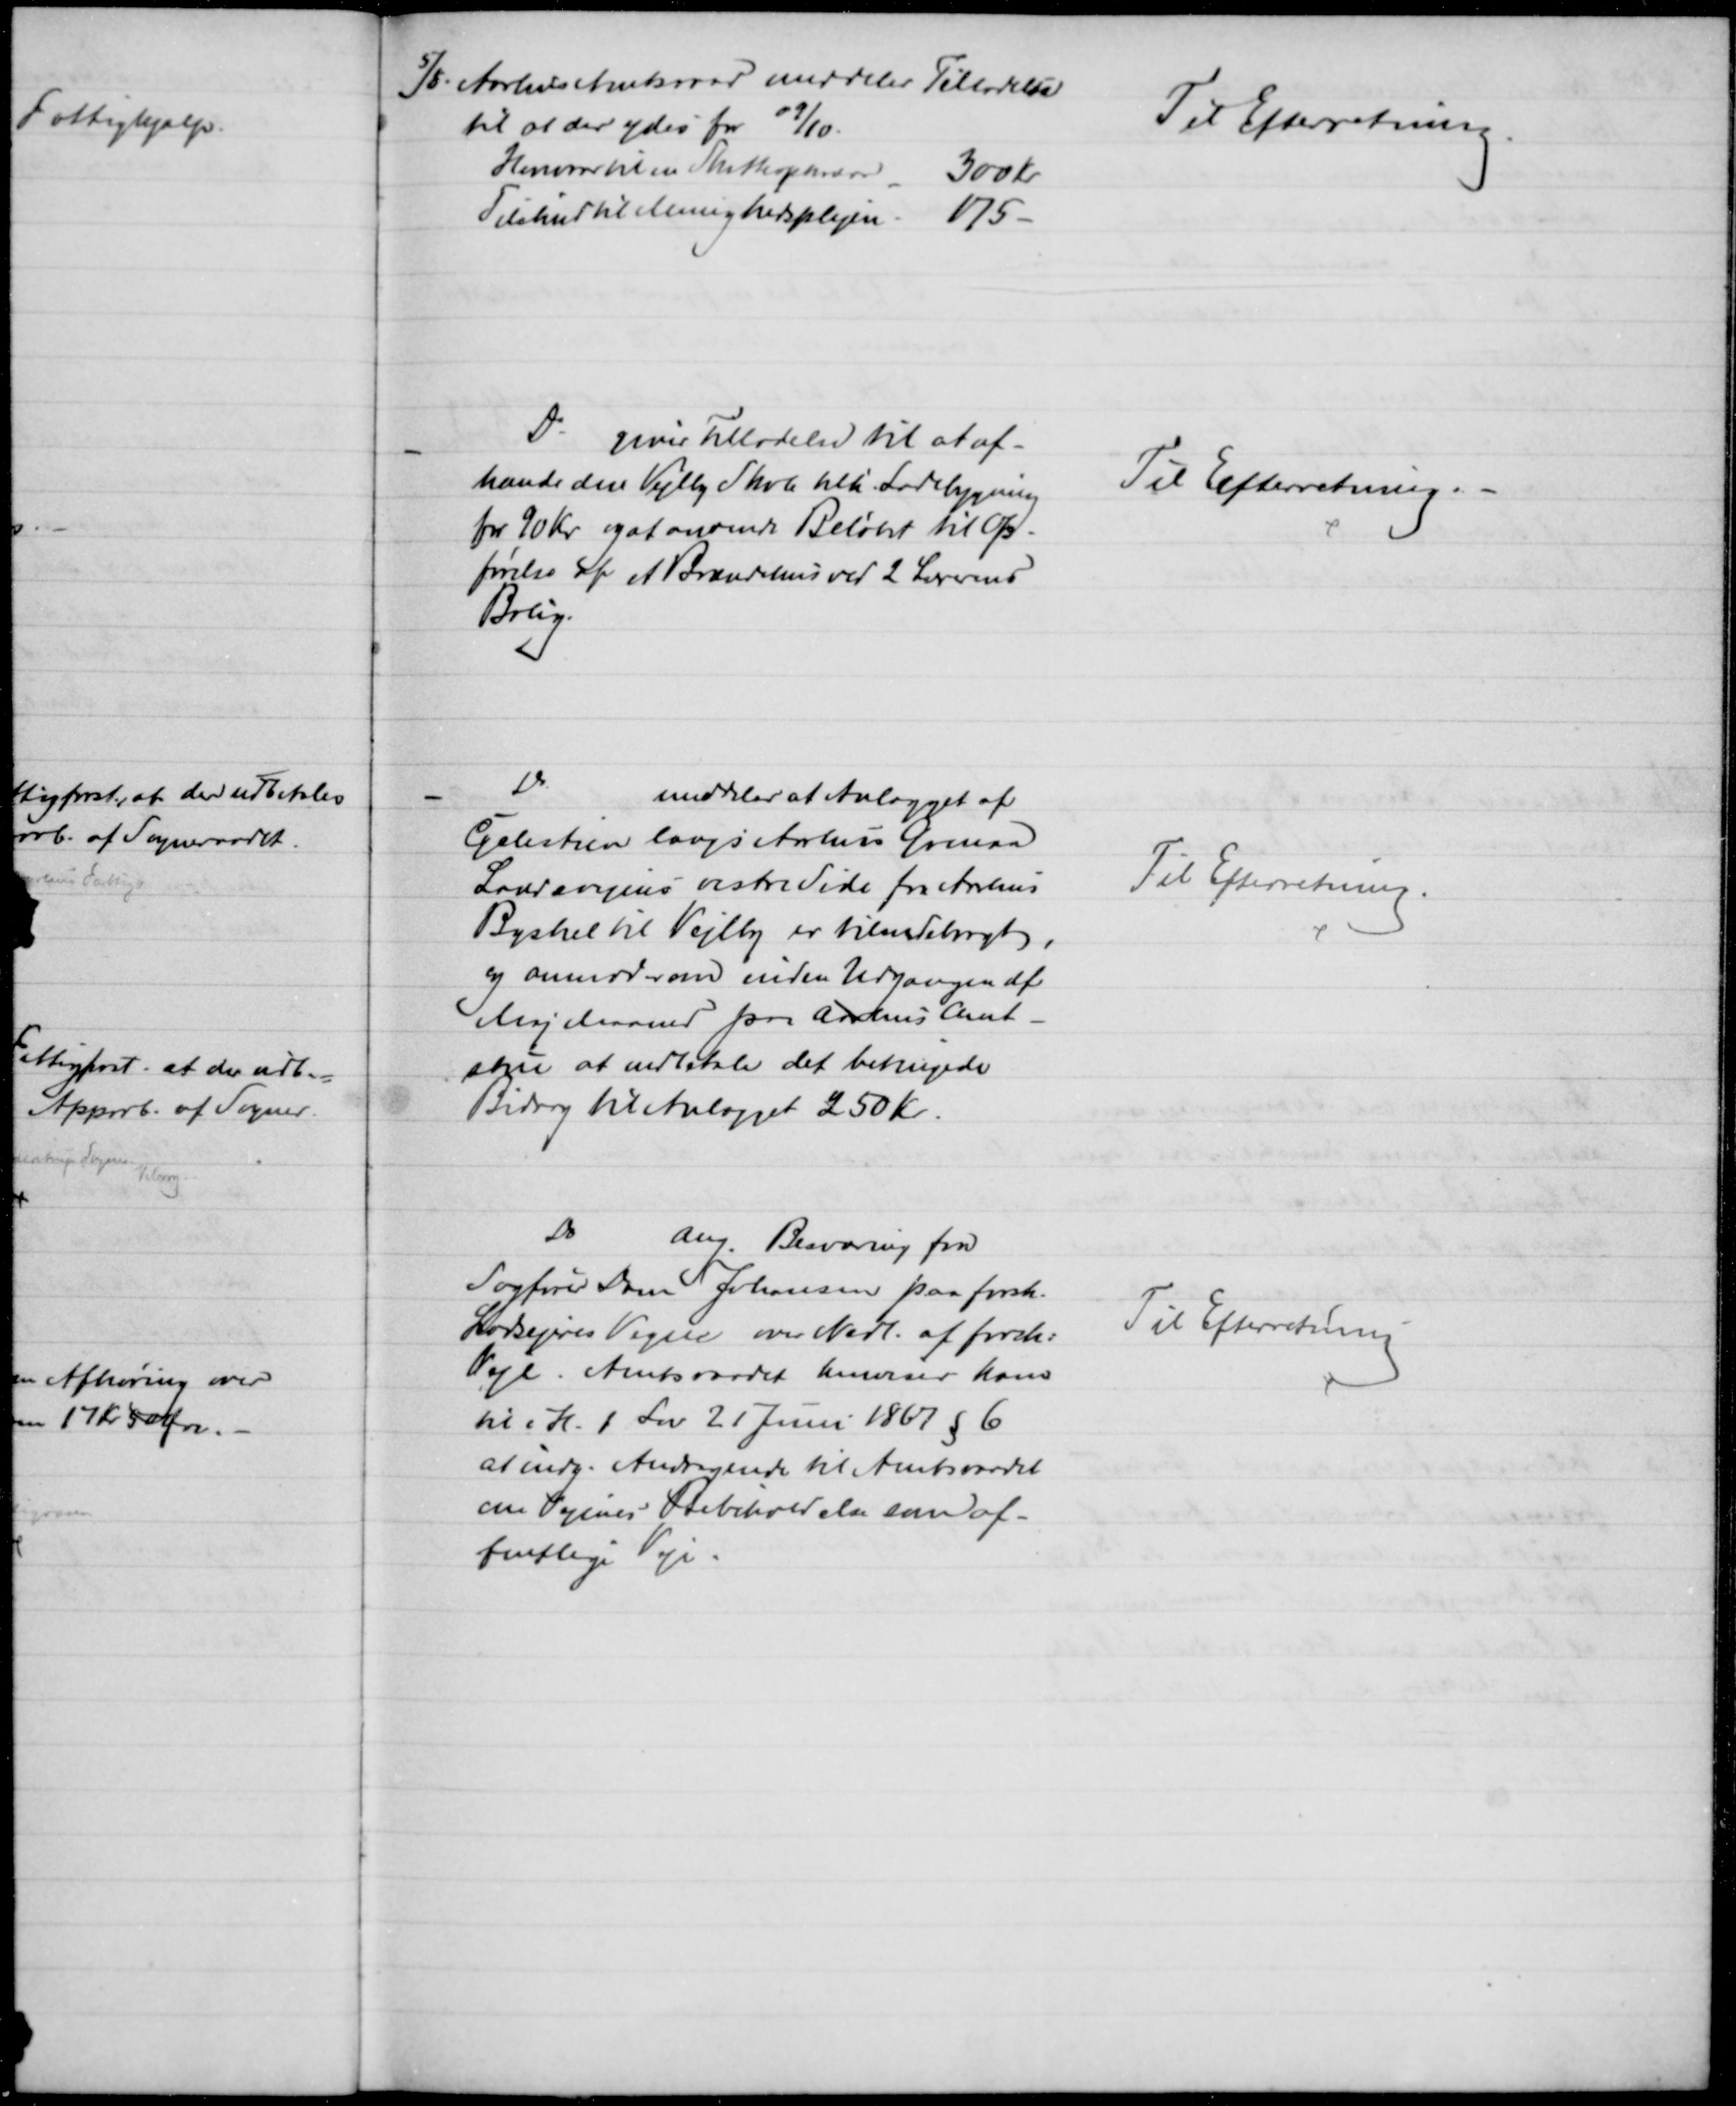
Transskription:
5/5 Aarhus Amtsraad meddeler Tilladelse
til at der ydes for 09/10.
Honorar til en Skatteopkræver
300 Kr
Tilskud til Menighedsplejen.
175 -
Til Efterretning.
Do giver Tilladelse til at af-
hænde den Vejlby Skole tilh. Ladebygning
for 90 Kr og at anvende Beløbet til Op-
førelse af et Brændehus ved 2 Lærerens
Bolig
Til Efterretning.
Do
meddeler at Anlægget af
Cyclestien langs Aarhus Grenaa
Landevejens vestre Side fra Aarhus
Byskel til Vejlby er tilendebragt,
og anmoder om inden Udgangen af
Maj Maaned paa Aarhus Amt-
stue at indbetale det betingede
Bidrag til Anlægget 250 Kr.
Til Efterretning.
Do
ang. Besværing fra
Sagfører Dam Johansen paa forsk.
Lodsejeres Vegne over Nedl. af forsk:
Veje. Amtsraadet henviser ham
til i H. t. Lov 21 Juni 1867 § 6
at indg. Andragende til Amtsraadet
om Vejenes Bibeholdelse som of-
fentlige Veje.
Til Efterretning